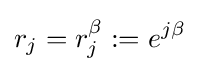
r_{j}=r_{j}^{\beta }:=e^{j\beta }